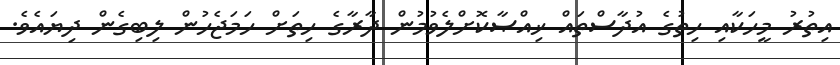
އިތުރު މީހަކާއި ހިތުގެ އުދާސްތައް ޚިއްޞާކޮށްލެވުމުން ދާރާގެ ހިތަށް ހަމަޖެހުން ލިބިގެން ދިޔައެވެ.